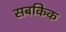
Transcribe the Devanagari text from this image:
सबकिक